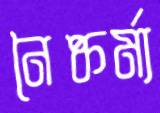
নৈষ্কর্ম্য